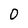
Character: 0